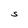
Character: S